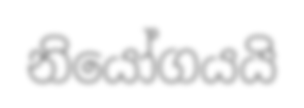
නියෝගයයි